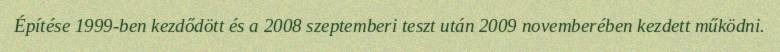
Építése 1999-ben kezdődött és a 2008 szeptemberi teszt után 2009 novemberében kezdett működni.